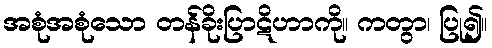
အစုံအစုံသော တန်ခိုးပြာဋိဟာကို။ ကတွာ၊ ပြု၍။